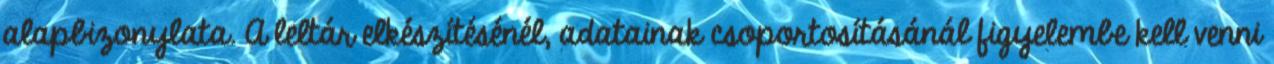
alapbizonylata. A leltár elkészítésénél, adatainak csoportosításánál figyelembe kell venni